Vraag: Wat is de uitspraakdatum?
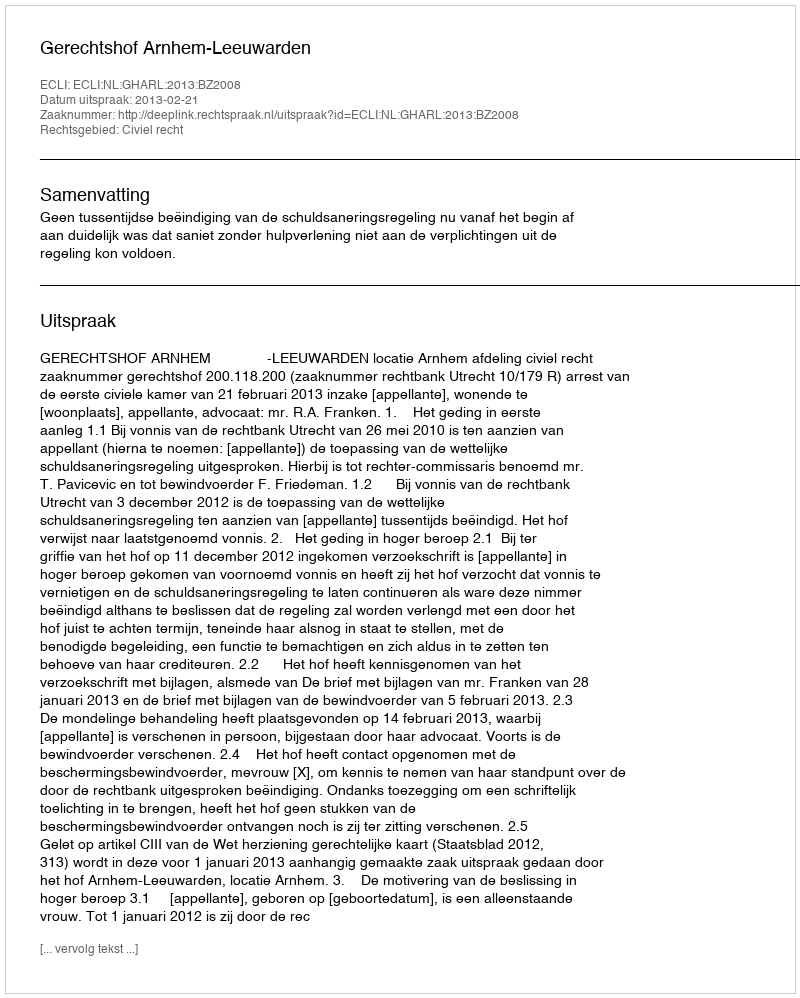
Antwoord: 2013-02-21